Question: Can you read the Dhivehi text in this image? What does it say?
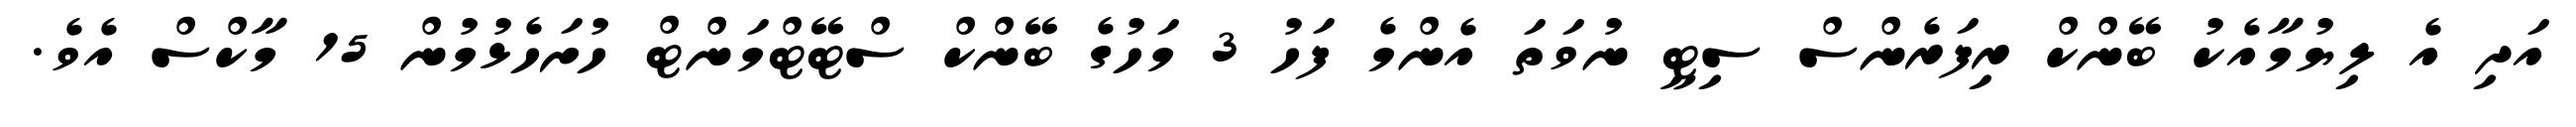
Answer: އަދި އެ ލިޔުމާއެކު ބޭންކް ރިފަރެންސް ސިޓީ ނުވަތަ އެންމެ ފަހު 3 މަހުގެ ބޭންކް ސްޓޭޓްމަންޓް ހުށަހެޅުމުން 15 މާކްސް އެވެ.